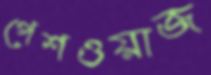
পেশওয়াজ